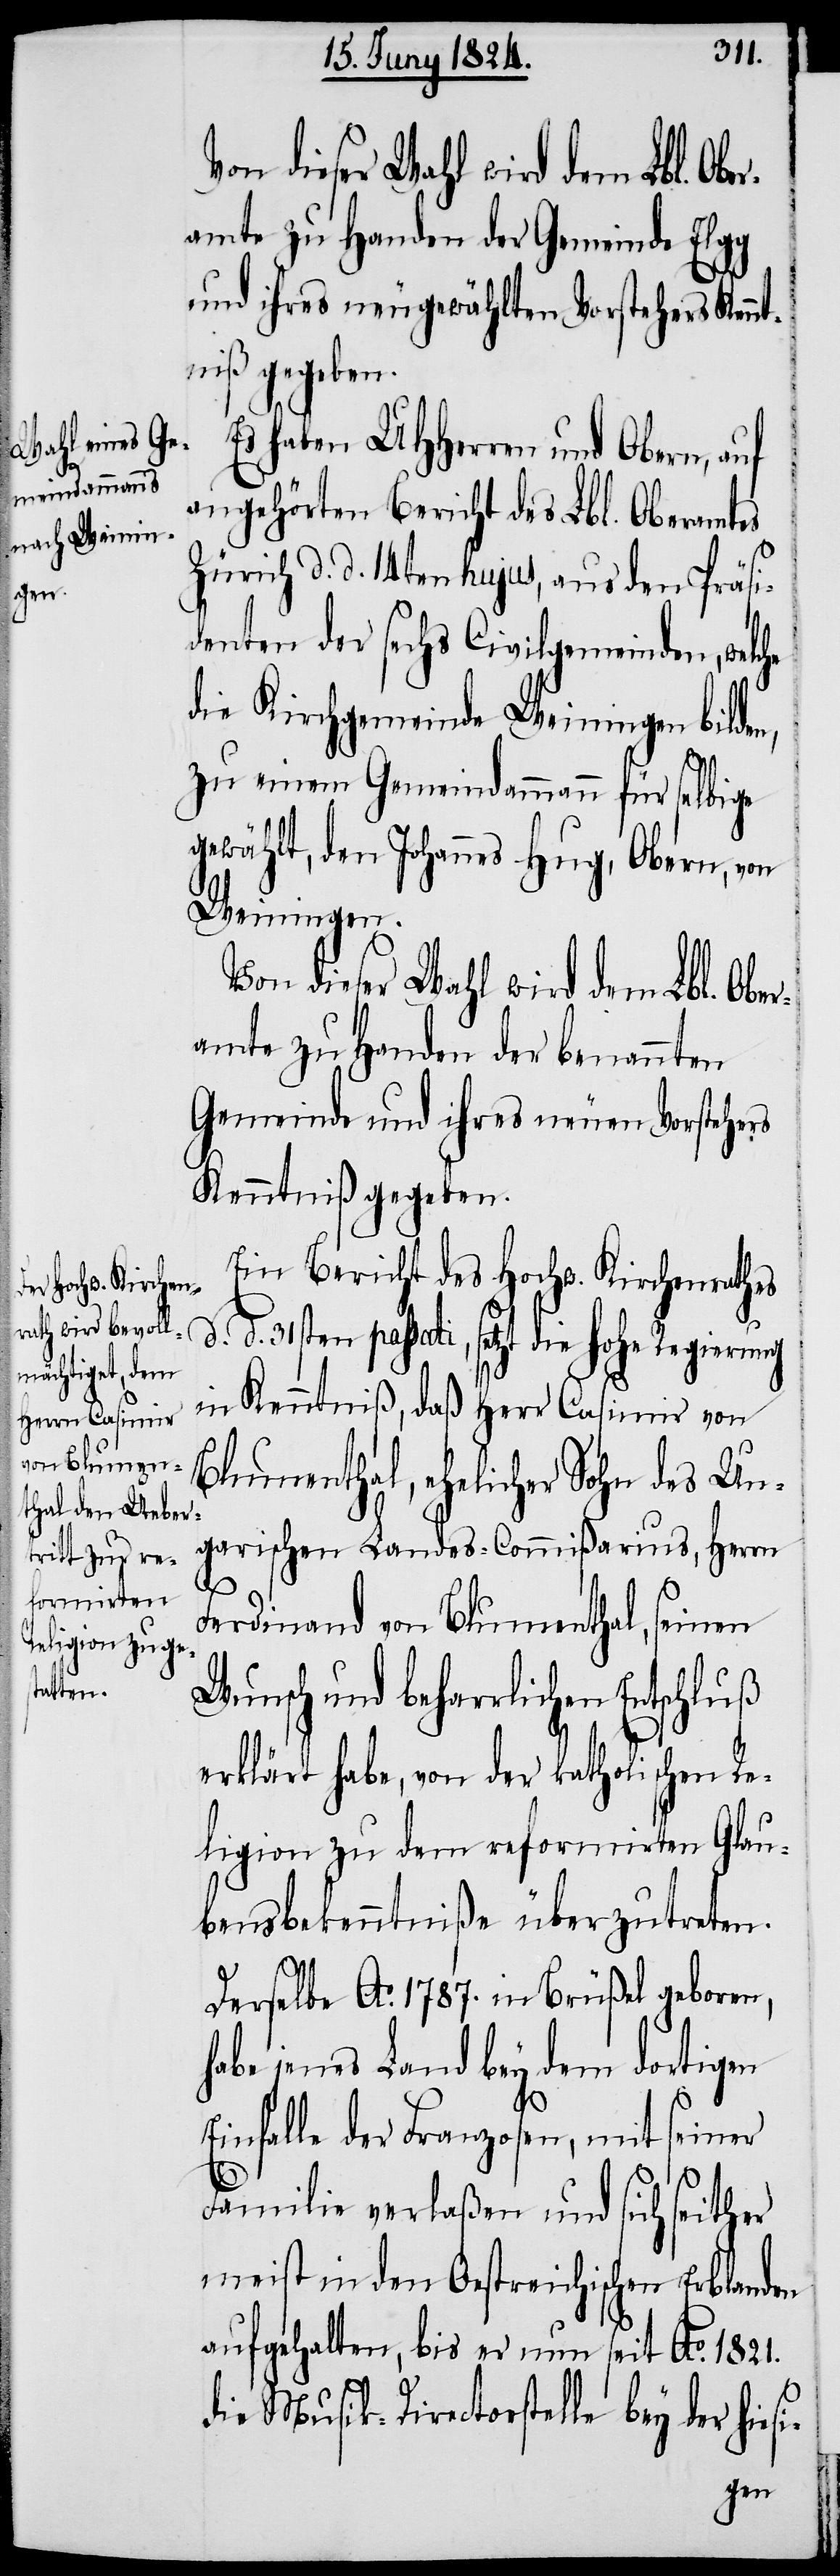
amte zu Handen der Gemeinde Elgg
und ihres neugewählten Vorstehers Kennt¬
niß gegeben.
Es haben UHHerren und Obern, auf
angehörten Bericht des Lbl. Oberamtes
Zürich d. d. 14ten hujus, aus Präsi¬
denten der sechs Civilgemeinden, welche
die Kirchgemeinde Weiningen bilden,
zu einem Gemeindammann für selbige
gewählt, den Johannes Hug, Obern, von
Weiningen.
Von dieser Wahl wird dem Lbl. Ober¬
amte zu Handen der benannten
Gemeinde und ihres neuen Vorstehers
Kenntniß gegeben.
Ein Bericht des Hochw. Kirchenrathes
in Kenntniß, daß Herr Casimir von
Blumenthal, ehelicher Sohn des Un¬
garischen Landes-Commißarius, Herrn
Ferdinand von Blumenthal, seinen
Wunsch und beharrlichen Entschluß
erklärt habe, von der katholischen Re¬
ligion zu dem reformirten Glau¬
bensbekenntniße überzutreten.
Derselbe Ao. 1787. in Brüßel geboren,
habe jenes Land bey dem dortigen
Einfalle der Franzosen, mit seiner
Familie verlaßen und sich seither
meist in den Oestreichischen Erblanden
aufgehalten, bis er nun seit Ao. 1821.
die Musik-Directorstelle bey der hiesi-